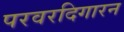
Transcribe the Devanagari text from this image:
परवरदिगारन